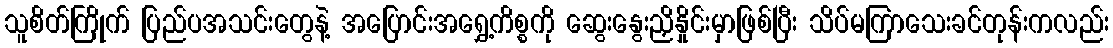
သူစိတ်ကြိုက် ပြည်ပအသင်းတွေနဲ့ အပြောင်းအရွှေ့ကိစ္စကို ဆွေးနွေးညှိနှိုင်းမှာဖြစ်ပြီး သိပ်မကြာသေးခင်တုန်းကလည်း